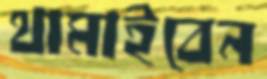
থামাইবেন